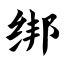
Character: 绑